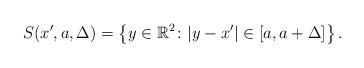
LaTeX: \begin{align*}S(x',a,\Delta) = \left\{ y\in \mathbb{R}^2 \colon \lvert y-x' \rvert \in [a,a+\Delta] \right\}.\end{align*}